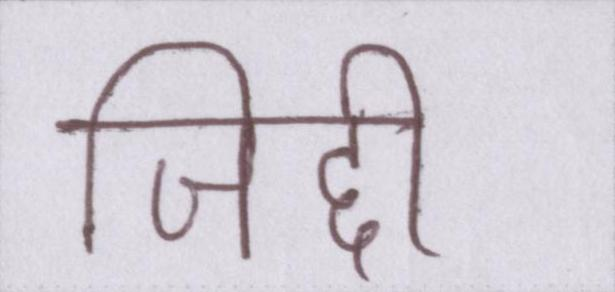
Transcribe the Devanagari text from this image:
जिद्दी